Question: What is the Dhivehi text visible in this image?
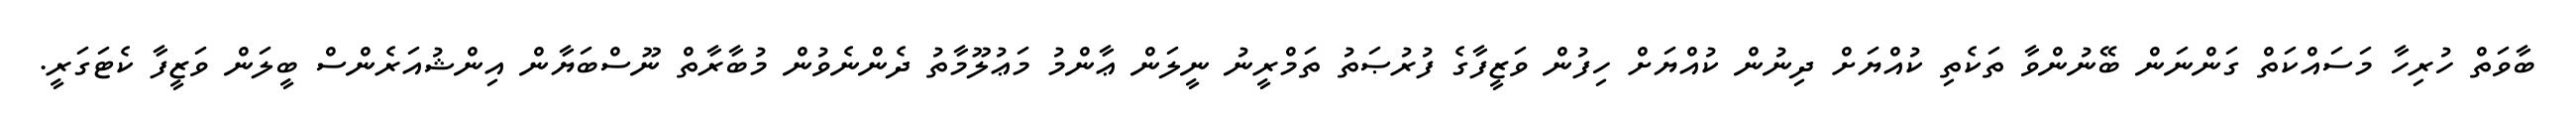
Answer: ބާވަތް ހުރިހާ މަސައްކަތް ގަންނަން ބޭނުންވާ ތަކެތި ކުއްޔަށް ދިނުން ކުއްޔަށް ހިފުން ވަޒީފާގެ ފުރުޞަތު ތަމްރީނު ނީލަން ޢާންމު މަޢުލޫމާތު ދެންނެވުން މުބާރާތް ނޫސްބަޔާން އިންޝުއަރެންސް ބީލަން ވަޒީފާ ކެޓަގަރީ.